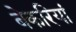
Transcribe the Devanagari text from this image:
बेकरियां